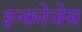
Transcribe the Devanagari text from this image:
इन्करेजेस